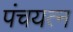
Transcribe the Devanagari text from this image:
पंचयत्‍न